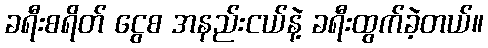
ခရီးစရိတ် ငွေစ အနည်းငယ်နဲ့ ခရီးထွက်ခဲ့တယ်။